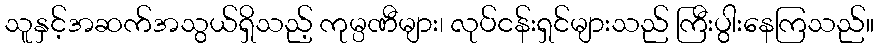
သူနှင့်အဆက်အသွယ်ရှိသည့် ကုမ္ပဏီများ၊ လုပ်ငန်းရှင်များသည် ကြီးပွါးနေကြသည်။